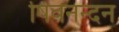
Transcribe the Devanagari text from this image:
षिवनन्दन